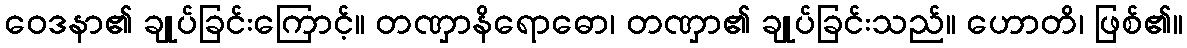
ဝေဒနာ၏ ချုပ်ခြင်းကြောင့်။ တဏှာနိရောဓော၊ တဏှာ၏ ချုပ်ခြင်းသည်။ ဟောတိ၊ ဖြစ်၏။